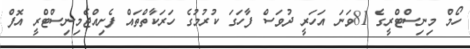
ހޯމް މިނިސްޓްރީގެ 81ވަނަ އަހަރީ ދުވަސް ފާހަގަ ކުރުމުގެ ހަރަކާތްތައް ފެށިއްޖެމިނިސްޓްރީ އޮފް